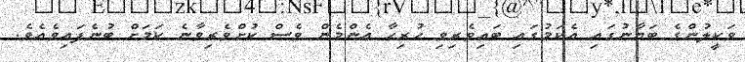
ވަކީލުންގެ ބަޔާނުގައި އެކަމުގައި ބައިވެރިވި ހުރިހާ އެންމެން ވެސް ކުށްވެރިވާނެ ކަމަށް ބުނެފައިވެއެވެ.